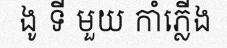
ងូ ទី មួយ កាំភ្លើង